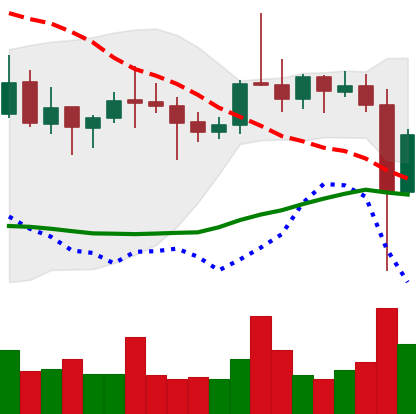
Ticker: ETC-USD
Chart end date: 2021-10-28
Forward return: 5.475%
Label: up_5_7